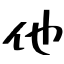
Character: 他